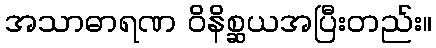
အသာဓာရဏ ဝိနိစ္ဆယအပြီးတည်း။